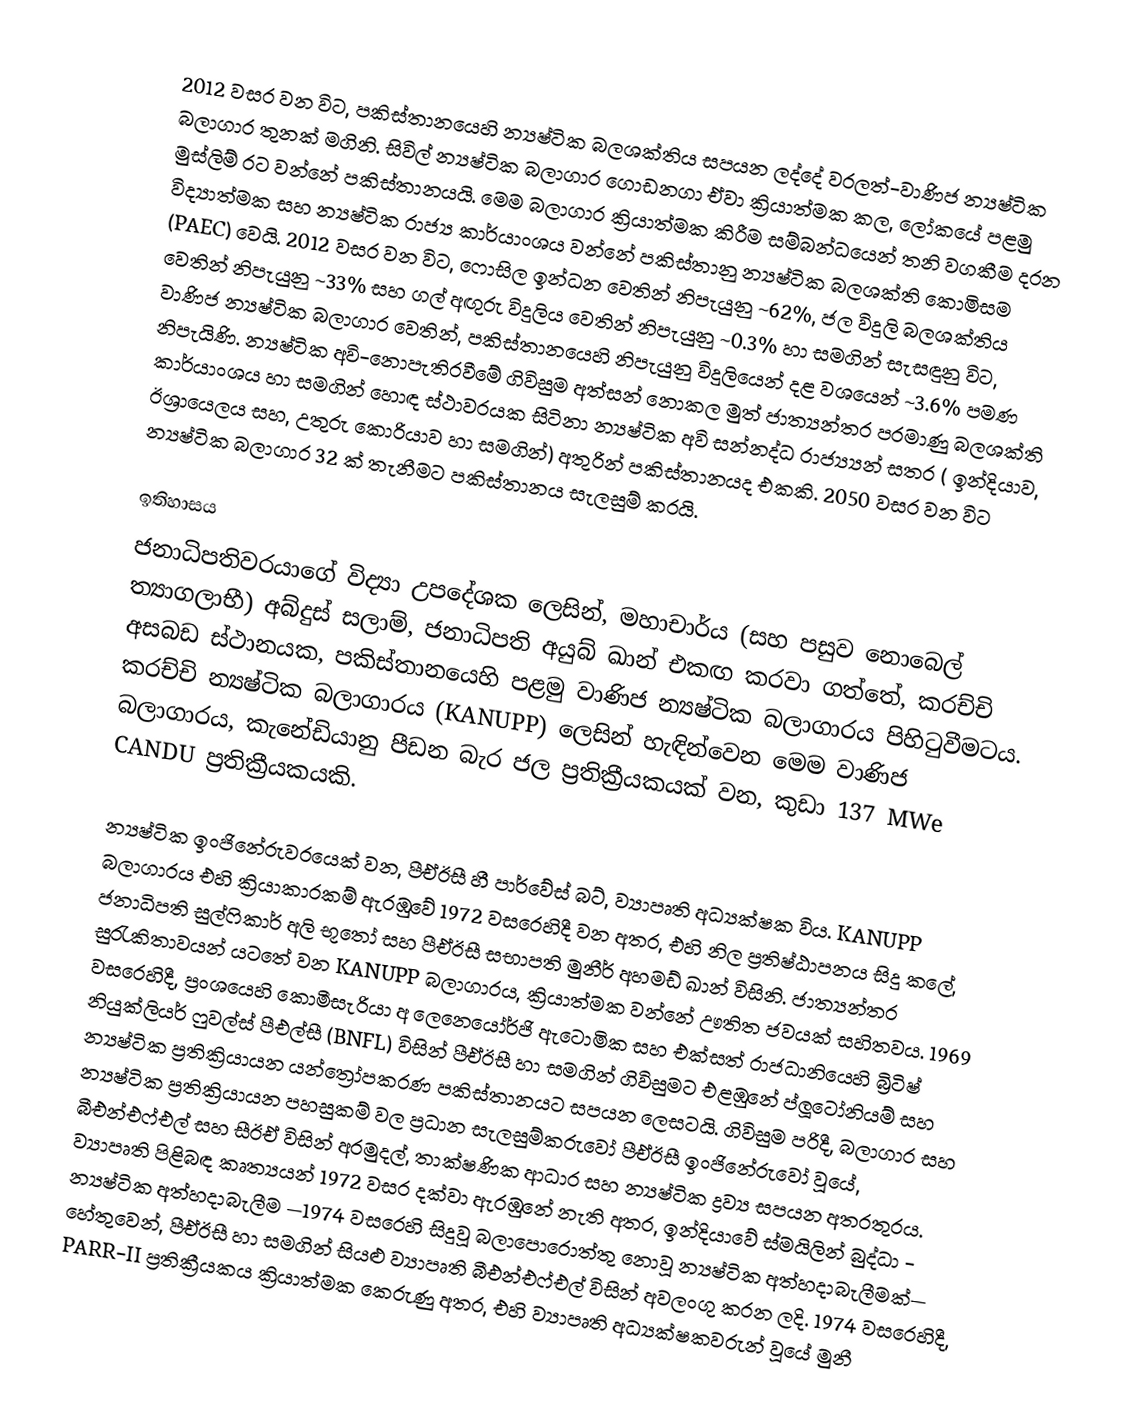
2012 වසර වන විට,  පකිස්තානයෙහි න්‍යෂ්ටික බලශක්තිය සපයන ලද්දේ  වරලත්-වාණිජ න්‍යෂ්ටික බලාගාර තුනක් මගිනි. සිවිල් න්‍යෂ්ටික බලාගාර ගොඩනගා ඒවා ක්‍රියාත්මක කල, ලෝකයේ පළමු මුස්ලිම් රට වන්නේ පකිස්තානයයි.  මෙම බලාගාර ක්‍රියාත්මක කිරීම සම්බන්ධයෙන් තනි වගකීම දරන  විද්‍යාත්මක සහ න්‍යෂ්ටික රාජ්‍ය කාර්යාංශය වන්නේ පකිස්තානු න්‍යෂ්ටික බලශක්ති කොමිසම (PAEC) වෙයි. 2012 වසර වන විට, ෆොසිල ඉන්ධන වෙතින් නිපැයුනු ~62%, ජල විදුලි බලශක්තිය වෙතින් නිපැයුනු ~33%  සහ ගල් අඟුරු විදුලිය වෙතින් නිපැයුනු ~0.3% හා සමගින් සැසඳුනු විට, වාණිජ න්‍යෂ්ටික බලාගාර වෙතින්, පකිස්තානයෙහි නිපැයුනු විදුලියෙන් දළ වශයෙන් ~3.6% පමණ නිපැයිණි.  න්‍යෂ්ටික අවි-නොපැතිරවීමේ ගිවිසුම අත්සන් නොකල මුත්  ජාත්‍යන්තර පරමාණු බලශක්ති කාර්යාංශය හා සමගින් හොඳ ස්ථාවරයක සිටිනා න්‍යෂ්ටික අවි සන්නද්ධ රාජ්‍ය්‍යන්  සතර ( ඉන්දියාව, ඊශ්‍රායෙලය සහ, උතුරු කොරියාව හා සමගින්) අතුරින් පකිස්තානයද එකකි. 2050 වසර වන විට න්‍යෂ්ටික බලාගාර 32 ක් තැනීමට පකිස්තානය සැලසුම් කරයි.

ඉතිහාසය
ජනාධිපතිවරයාගේ විද්‍යා උපදේශක ලෙසින්, මහාචාර්ය (සහ පසුව නොබෙල් ත්‍යාගලාභී) අබ්දුස් සලාම්, ජනාධිපති අයුබ් ඛාන් එකඟ කරවා ගත්තේ,   කරච්චි අසබඩ ස්ථානයක, පකිස්තානයෙහි පළමු වාණිජ න්‍යෂ්ටික බලාගාරය පිහිටුවීමටය.  කරච්චි න්‍යෂ්ටික බලාගාරය (KANUPP) ලෙසින් හැඳින්වෙන මෙම වාණිජ බලාගාරය,  කැනේඩියානු   පීඩන බැර ජල ප්‍රතික්‍රීයකයක් වන, කුඩා 137 MWe  CANDU ප්‍රතික්‍රීයකයකි.

 න්‍යෂ්ටික ඉංජිනේරුවරයෙක් වන, පීඒඊසී හී පාර්වේස් බට්, ව්‍යාපෘති අධ්‍යක්ෂක විය. KANUPP බලාගාරය එහි ක්‍රියාකාරකම් ඇරඹුවේ 1972 වසරෙහිදී වන අතර, එහි නිල ප්‍රතිෂ්ඨාපනය සිදු කලේ, ජනාධිපති සුල්ෆිකාර් අලි භූතෝ සහ පීඒඊසී සභාපති  මුනීර් අහමඩ් ඛාන් විසිනි. ජාත්‍යන්තර සුරැකිතාවයන් යටතේ වන KANUPP බලාගාරය,   ක්‍රියාත්මක වන්නේ ඌතිත ජවයක් සහිතවය. 1969 වසරෙහිදී, ප්‍රංශයෙහි  කොමීසැරියා අ ලෙනෙයෝර්ජි ඇටොමික සහ එක්සත් රාජධානියෙහි  බ්‍රිටිෂ් නියුක්ලියර් ෆුවල්ස් පීඑල්සී (BNFL) විසින් පීඒඊසී හා සමගින් ගිවිසුමට එළඹුනේ ප්ලූටෝනියම් සහ න්‍යෂ්ටික ප්‍රතික්‍රියායන යන්ත්‍රෝපකරණ පකිස්තානයට සපයන ලෙසටයි. ගිවිසුම පරිදී, බලාගාර සහ න්‍යෂ්ටික ප්‍රතික්‍රියායන පහසුකම් වල ප්‍රධාන සැලසුම්කරුවෝ පීඒඊසී ඉංජිනේරුවෝ වූයේ, බීඑන්එෆ්එල් සහ සීඊඒ විසින් අරමුදල්, තාක්ෂණික ආධාර සහ න්‍යෂ්ටික ද්‍රව්‍ය සපයන අතරතුරය. ව්‍යාපෘති පිළිබඳ කෘත්‍යයන්  1972 වසර දක්වා ඇරඹුනේ නැති අතර, ඉන්දියාවේ  ස්මයිලින් බුද්ධා - න්‍යෂ්ටික අත්හදාබැලීම —1974  වසරෙහි සිදුවූ බලාපොරොත්තු නොවූ න්‍යෂ්ටික අත්හදාබැලීමක්— හේතුවෙන්, පීඒඊසී හා සමගින් සියළු ව්‍යාපෘති බීඑන්එෆ්එල් විසින් අවලංගු කරන ලදි. 1974 වසරෙහිදී, PARR-II ප්‍රතික්‍රීයකය ක්‍රියාත්මක කෙරුණු අතර, එහි ව්‍යාපෘති අධ්‍යක්ෂකවරුන් වූයේ මුනී